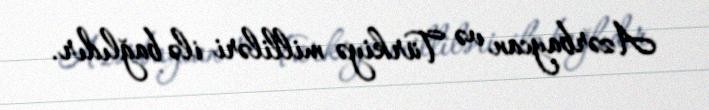
Azərbaycan və Türkiyə milliləri ilə bağlıdır.